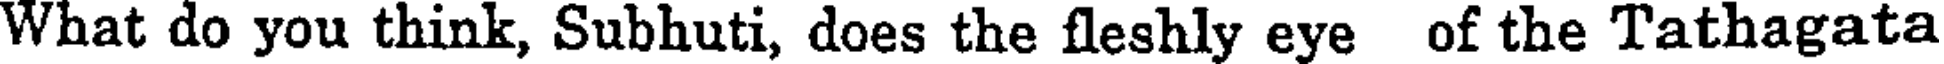
What do you think, Subhuti, does the fleshly eye of the Tathagata